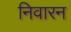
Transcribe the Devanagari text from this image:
निवारन